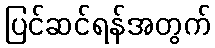
ပြင်ဆင်ရန်အတွက်